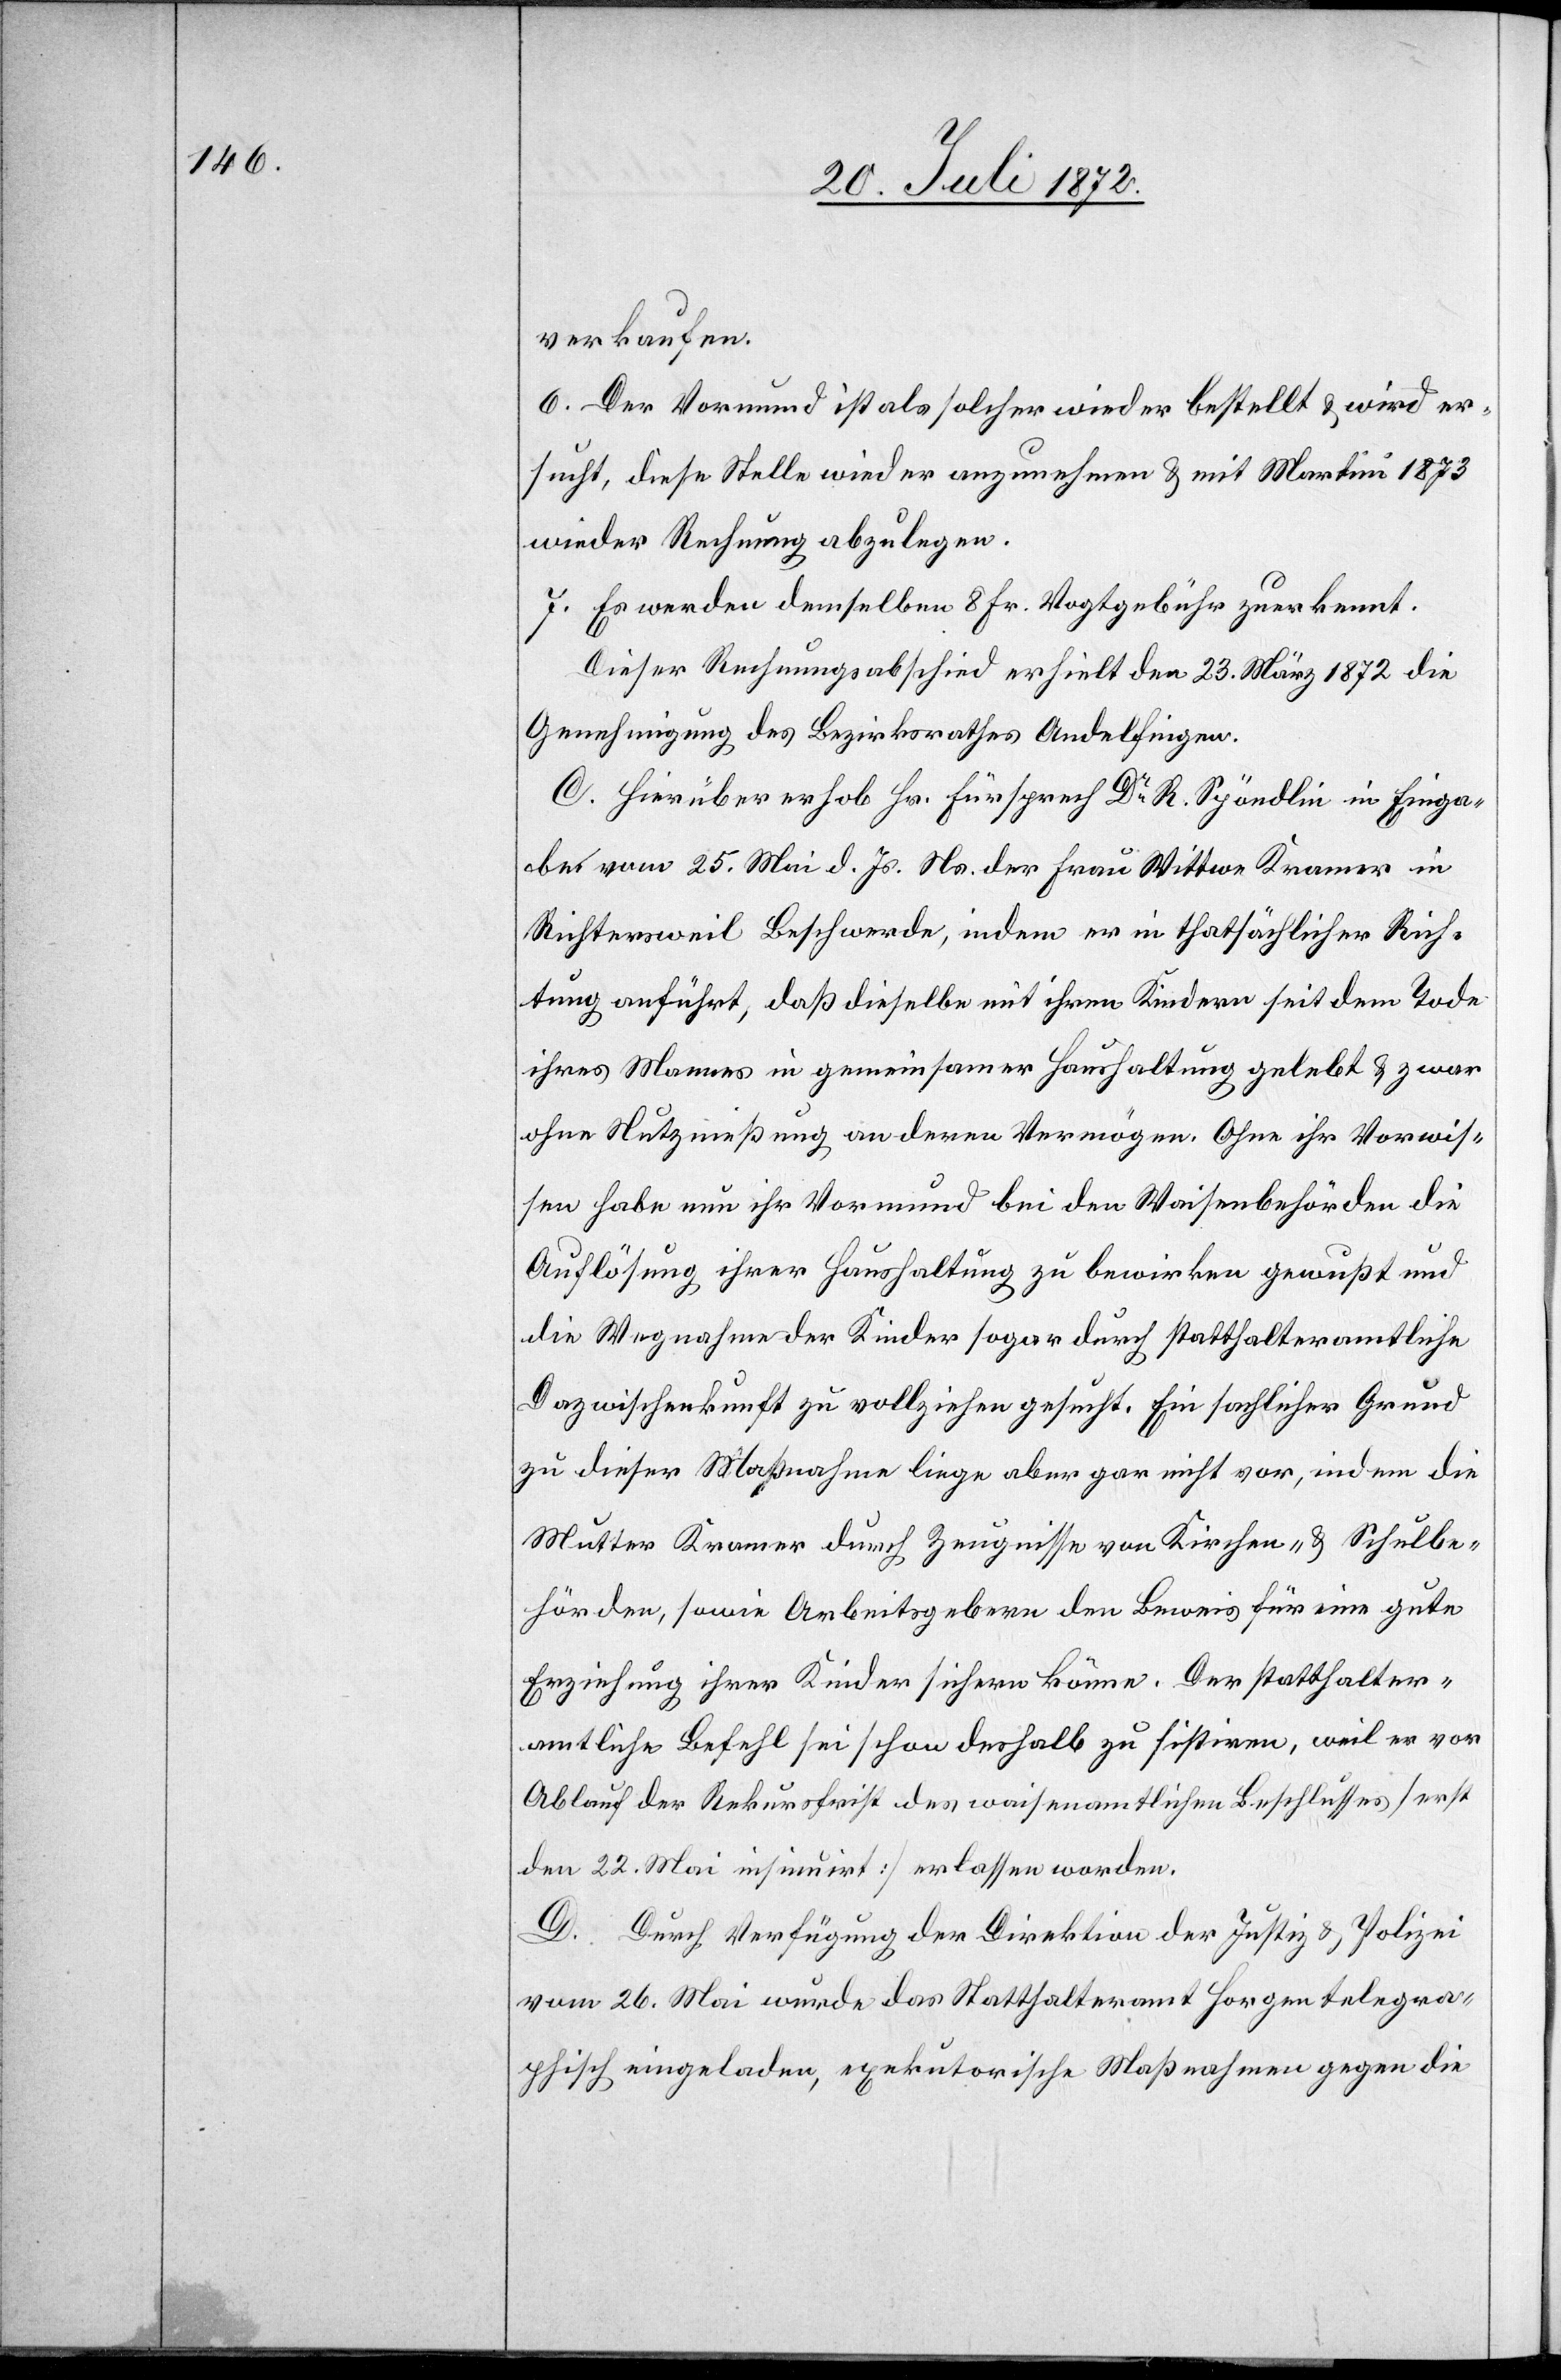
verkaufen.
6. Der Vormund ist als solcher wieder bestellt u. wird er¬
sucht, diese Stelle wieder anzunehmen u. mit Martini 1873
wieder Rechnung abzulegen.
7. Es werden demselben 8 Fr. Vogtgebühr zuerkannt.
Dieser Rechnungsabschied erhielt den 23. März 1872 die
Genehmigung des Bezirksrathes Andelfingen.
C. Hierüber erhob Hr. Fürsprech Dr R. Spöndlin in Einga¬
be vom 25. Mai d. Js. Ns. der Frau Wittwe Kramer in
Richtersweil Beschwerde, indem er in thatsächlicher Rich¬
tung anführt, daß dieselbe mit ihren Kindern seit dem Tode
ihres Mannes in gemeinsamer Haushaltung gelebt u. zwar
ohne Nutznießung an deren Vermögen. Ohne ihr Vorwis¬
sen habe nun ihr Vormund bei den Waisenbehörden die
Auflösung ihrer Haushaltung zu bewirken gewußt und
die Wegnahme der Kinder sogar durch statthalteramtliche
Dazwischenkunft zu vollziehen gesucht. Ein sachlicher Grund
zu dieser Maßnahme liege aber gar nicht vor, indem die
Mutter Kramer durch Zeugnisse von Kirchen- u. Schulbe¬
hörden, sowie Arbeitsgebern den Beweis für eine gute
Erziehung ihrer Kinder sichern könne. Der statthalter¬
amtliche Befehl sei schon deshalb zu sistiren, weil er vor
Ablauf der Rekursfrist des waisenamtlichen Beschlusses [erst
den 22. Mai insinuirt] erlassen worden.
D. Durch Verfügung der Direktion der Justiz u. Polizei
vom 26. Mai wurde das Statthalteramt Horgen telegra¬
phisch eingeladen, exekutorische Maßnahmen gegen die